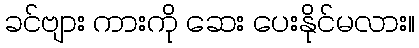
ခင်ဗျား ကားကို ဆေး ပေးနိုင်မလား။